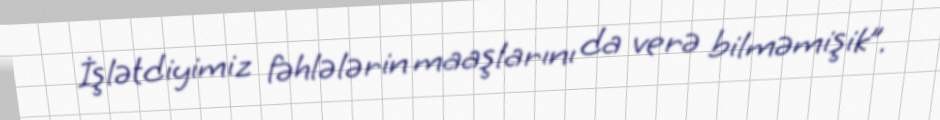
İşlətdiyimiz fəhlələrin maaşlarını da verə bilməmişik”.